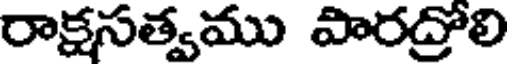
రాక్షసత్వము పారద్రోలి